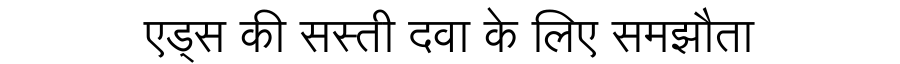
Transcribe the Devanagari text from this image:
एड्स की सस्ती दवा के लिए समझौता